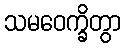
သမဝေက္ခိတွာ